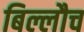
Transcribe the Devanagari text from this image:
बिल्लौच